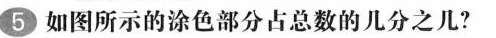
5 如图所示的涂色部分占总数的几分之几?